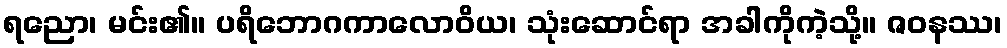
ရညော၊ မင်း၏။ ပရိဘောဂကာလောဝိယ၊ သုံးဆောင်ရာ အခါကိုကဲ့သို့။ ဇဝနဿ၊